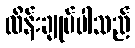
ထိန်းချုပ်ပါသည်